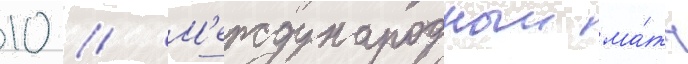
10 // М'еждународныи ма́тч